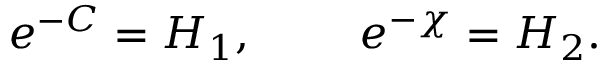
e ^ { - C } = H _ { 1 } , ~ ~ ~ ~ ~ ~ ~ e ^ { - \chi } = H _ { 2 } .